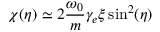
\chi ( \eta ) \simeq 2 \frac { \omega _ { 0 } } { m } \gamma _ { e } \xi \sin ^ { 2 } ( \eta )